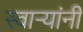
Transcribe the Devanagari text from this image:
स्वाऱ्यांनी